Vaccination in Burma 1889-1999 - 1889-1999
Year: 1889
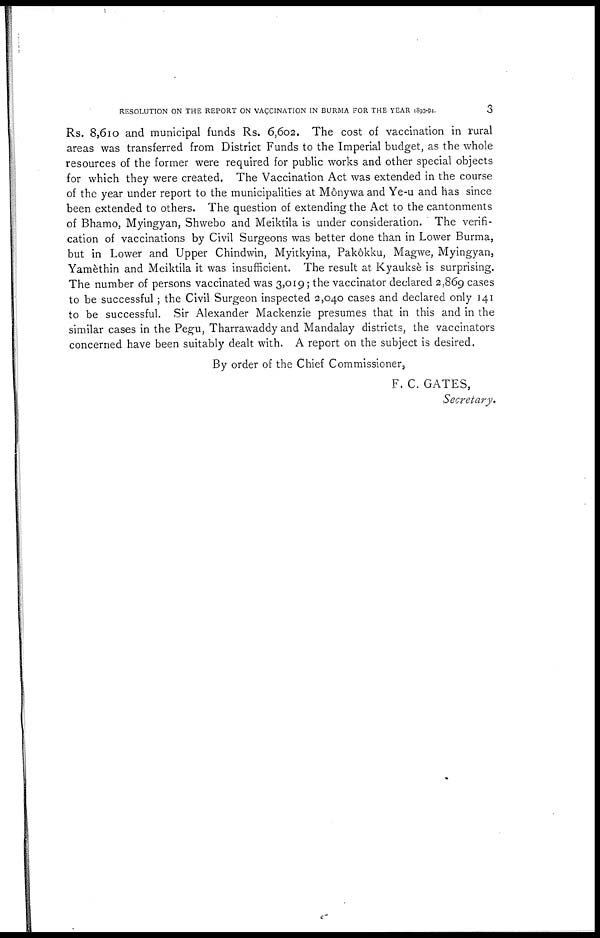
RESOLUTION ON THE REPORT ON VACCINATION IN BURMA FOR THE YEAR 1893-94.
3
Rs. 8,610 and municipal funds Rs. 6,602. The cost of vaccination in rural
areas was transferred from District Funds to the Imperial budget, as the whole
resources of the former were required for public works and other special objects
for which they were created. The Vaccination Act was extended in the course
of the year under report to the municipalities at Mônywa and Ye-u and has since
been extended to others. The question of extending the Act to the cantonments
of Bhamo, Myingyan, Shwebo and Meiktila is under consideration. The verifi-
cation of vaccinations by Civil Surgeons was better done than in Lower Burma,
but in Lower and Upper Chindwin, Myitkyina, Pakôkku, Magwe, Myingyan,
Yamèthin and Meiktila it was insufficient. The result at Kyauksè is surprising.
The number of persons vaccinated was 3,019; the vaccinator declared 2,869 cases
to be successful ; the Civil Surgeon inspected 2,040 cases and declared only 141
to be successful. Sir Alexander Mackenzie presumes that in this and in the
similar cases in the Pegu, Tharrawaddy and Mandalay districts, the vaccinators
concerned have been suitably dealt with. A report on the subject is desired.
By order of the Chief Commissioner,
F. C. GATES,
Secretary.